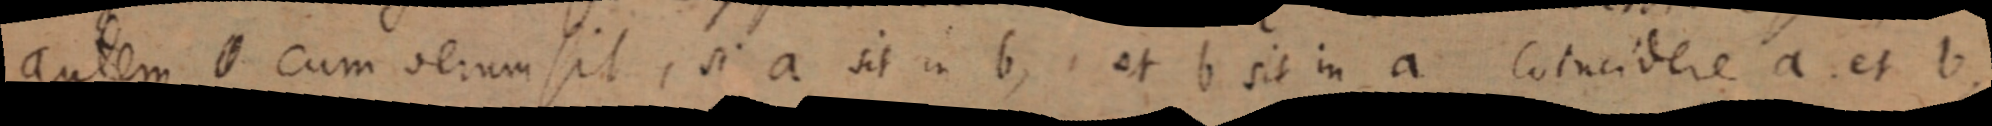
autem _ cum verum sit, si a sit in b, et b sit in a Coincidere a et b,